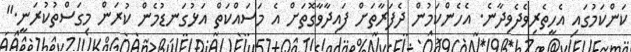
ކަންކަމުގައި އެހީތެރިވެދެވިދާނެ. އެހެންކަމުން ދެފަރާތަށް ފައިދާވާގޮތަށް އެ މަސައްކަތް އަޅުގަނޑުމެން ކުރަން މިގަސްތުކުރަނީ."